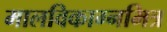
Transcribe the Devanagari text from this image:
मालविकाग्नमित्र